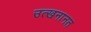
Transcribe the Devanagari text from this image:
उत्खनानत